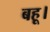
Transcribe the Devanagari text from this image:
बहू।